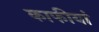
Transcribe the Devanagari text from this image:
काफीयां